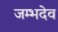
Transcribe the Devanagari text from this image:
जम्भदेव